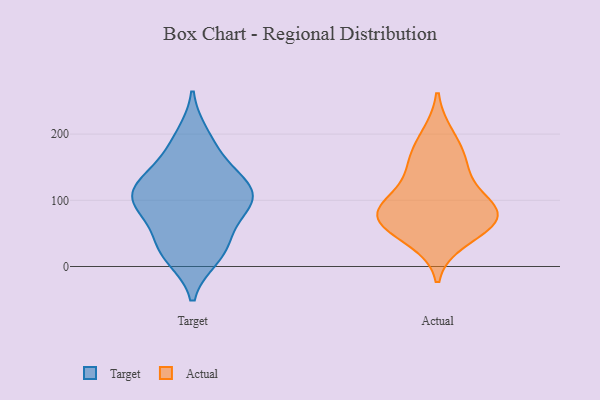
{"axis": {"x": "Satisfaction Score", "y": "Value"}, "legend": ["Actual", "Target"], "data": [{"x": "", "y": 112, "type": "Target"}, {"x": "", "y": 122, "type": "Target"}, {"x": "", "y": 103, "type": "Target"}, {"x": "", "y": 97, "type": "Target"}, {"x": "", "y": 138, "type": "Target"}, {"x": "", "y": 16, "type": "Target"}, {"x": "", "y": 141, "type": "Target"}, {"x": "", "y": 83, "type": "Target"}, {"x": "", "y": 102, "type": "Target"}, {"x": "", "y": 36, "type": "Target"}, {"x": "", "y": 33, "type": "Target"}, {"x": "", "y": 180, "type": "Target"}, {"x": "", "y": 22, "type": "Target"}, {"x": "", "y": 197, "type": "Target"}, {"x": "", "y": 91, "type": "Target"}, {"x": "", "y": 42, "type": "Actual"}, {"x": "", "y": 154, "type": "Actual"}, {"x": "", "y": 83, "type": "Actual"}, {"x": "", "y": 107, "type": "Actual"}, {"x": "", "y": 80, "type": "Actual"}, {"x": "", "y": 156, "type": "Actual"}, {"x": "", "y": 70, "type": "Actual"}, {"x": "", "y": 196, "type": "Actual"}, {"x": "", "y": 80, "type": "Actual"}, {"x": "", "y": 67, "type": "Actual"}]}